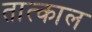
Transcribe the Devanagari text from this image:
तात्काल